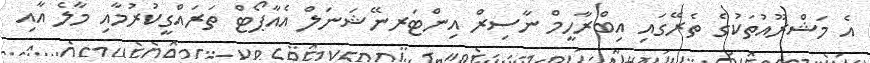
އެ މަޝްރޫއުތަކުގެ ތެރޭގައި އިބްރާހީމް ނާސިރް އިންޓަރނޭޝަނަލް އެއާޕޯޓް ތަރައްގީކުރުމާއި މާލެ އާއި